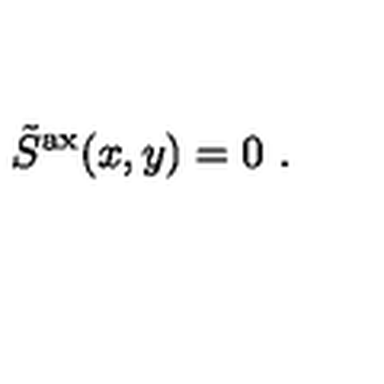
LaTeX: \tilde { S } ^ { \mathrm { a x } } ( x , y ) = 0 \ .